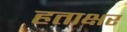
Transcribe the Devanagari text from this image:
हताक्षर